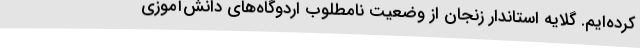
کرده‌ایم. گلایه استاندار زنجان از وضعیت نامطلوب اردوگاه‌های دانش‌آموزی